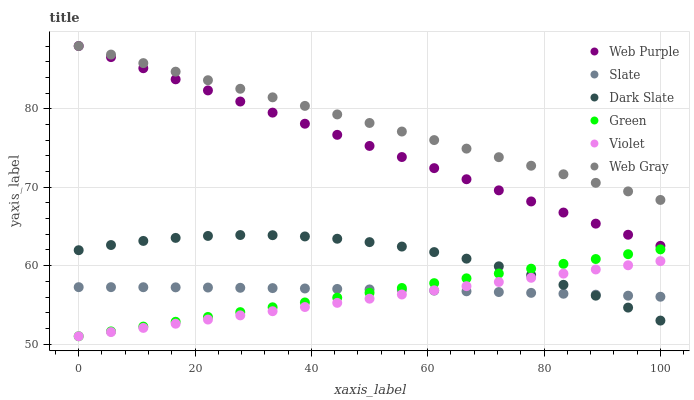
| xaxis_label | Web Purple | Slate | Dark Slate | Green | Violet | Web Gray |
 | --- | --- | --- | --- | --- | --- | --- |
 | 0 | 88 | 57.3 | 62 | 51 | 51 | 88 |
 | 5.56 | 86.6 | 57.3 | 62.6 | 51.6 | 51.5 | 86.9 |
 | 11.1 | 85.2 | 57.3 | 63.2 | 52.2 | 52.1 | 85.8 |
 | 16.7 | 83.8 | 57.2 | 63.5 | 52.8 | 52.6 | 84.7 |
 | 22.2 | 82.3 | 57.2 | 63.8 | 53.5 | 53.1 | 83.6 |
 | 27.8 | 80.9 | 57.2 | 63.9 | 54.1 | 53.7 | 82.5 |
 | 33.3 | 79.5 | 57.1 | 63.9 | 54.7 | 54.2 | 81.5 |
 | 38.9 | 78.1 | 57.1 | 63.7 | 55.3 | 54.7 | 80.4 |
 | 44.4 | 76.7 | 57 | 63.4 | 55.9 | 55.3 | 79.3 |
 | 50 | 75.3 | 57 | 63 | 56.5 | 55.8 | 78.2 |
 | 55.6 | 73.8 | 56.9 | 62.4 | 57.2 | 56.3 | 77.1 |
 | 61.1 | 72.4 | 56.8 | 61.7 | 57.8 | 56.9 | 76 |
 | 66.7 | 71 | 56.7 | 60.9 | 58.4 | 57.4 | 74.9 |
 | 72.2 | 69.6 | 56.6 | 59.9 | 59 | 57.9 | 73.8 |
 | 77.8 | 68.2 | 56.5 | 58.8 | 59.6 | 58.5 | 72.7 |
 | 83.3 | 66.8 | 56.4 | 57.6 | 60.2 | 59 | 71.6 |
 | 88.9 | 65.4 | 56.3 | 56.2 | 60.8 | 59.5 | 70.6 |
 | 94.4 | 63.9 | 56.2 | 54.7 | 61.5 | 60 | 69.5 |
 | 100 | 62.5 | 56 | 53 | 62.1 | 60.6 | 68.4 |